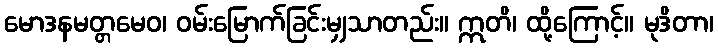
မောဒနမတ္တမေဝ၊ ဝမ်းမြောက်ခြင်းမျှသာတည်း။ ဣတိ၊ ထို့ကြောင့်။ မုဒိတာ၊